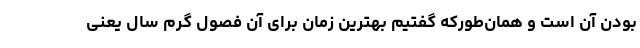
بودن آن است و همان‌طورکه گفتیم بهترین زمان برای آن فصول گرم سال یعنی